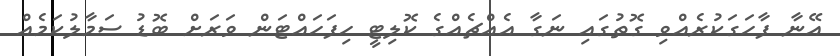
އޭނާ ފާހަގަކުރެއްވި ގޮތުގައި ނަގާ އެއްޗެއްގެ ކޮލިޓީ ހިފަހައްޓަން ވަރަށް ބޮޑު ސަމާލުކަމެއް